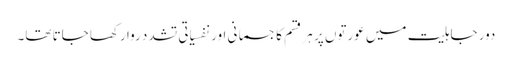
دور جاہلیت میں عورتوں پر ہر قسم کا جسمانی اور نفسیاتی تشدد روا رکھا جاتا تھا۔